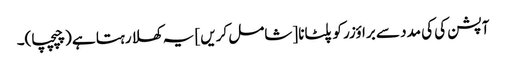
آپشن کی کی مدد سے براؤزر کو پلٹانا [شامل کریں] یہ کھلا رہتا ہے (چپچپا)۔